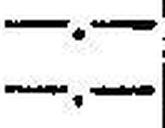
—.—